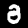
Digit: 8